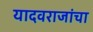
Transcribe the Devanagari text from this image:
यादवराजांचा